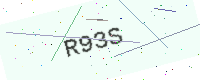
Text: R93S